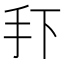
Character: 𭠏